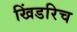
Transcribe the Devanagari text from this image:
खिंडरिच